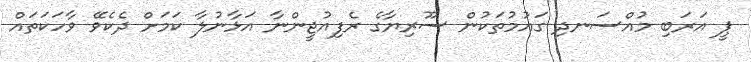
ޕީ އަރަބި މުއްސަނދި ގައުމުތަކުން ސޫރިޔާގެ ރެފިއުޖީންނާ އަޅާނުލާ ކަމަށް ދެކެވޭ ވާހަކަތައް